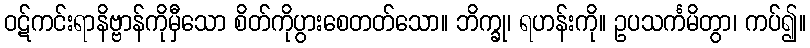
ဝဋ်ကင်းရာနိဗ္ဗာန်ကိုမှီသော စိတ်ကိုပွားစေတတ်သော။ ဘိက္ခု၊ ရဟန်းကို။ ဥပသင်္ကမိတွာ၊ ကပ်၍။